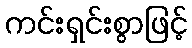
ကင်းရှင်းစွာဖြင့်